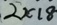
2 \times 1 8